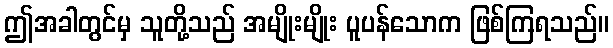
ဤအခါတွင်မှ သူတို့သည် အမျိုးမျိုး ပူပန်သောက ဖြစ်ကြရသည်။